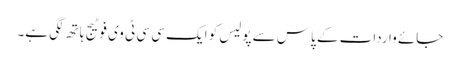
جائے واردات کے پاس سے پولیس کو ایک سی سی ٹی وی فوٹیج ہاتھ لگی ہے۔